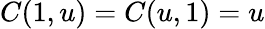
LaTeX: C(1,u)=C(u,1)=u